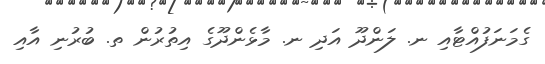
ގެމަނަފުއްޓާއި ނ. ލަންދޫ އަދި ނ. މާޅެންދޫގެ އިތުރުން ތ. ބުރުނި އާއި